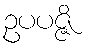
ဥပပဇ္ဇိ